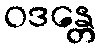
ဝဒန္တေ